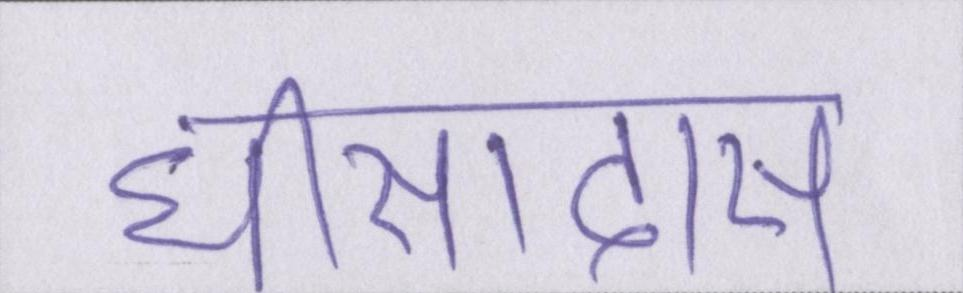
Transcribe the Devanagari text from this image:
घीसादास